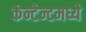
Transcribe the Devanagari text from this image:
कंन्टेन्टमध्ये